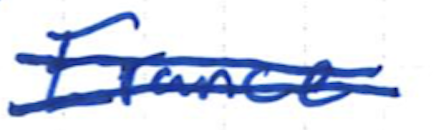
Text: France.
Cross-out: double-line
Writing tool: ballpoint